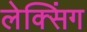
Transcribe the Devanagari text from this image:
लेक्सिंग